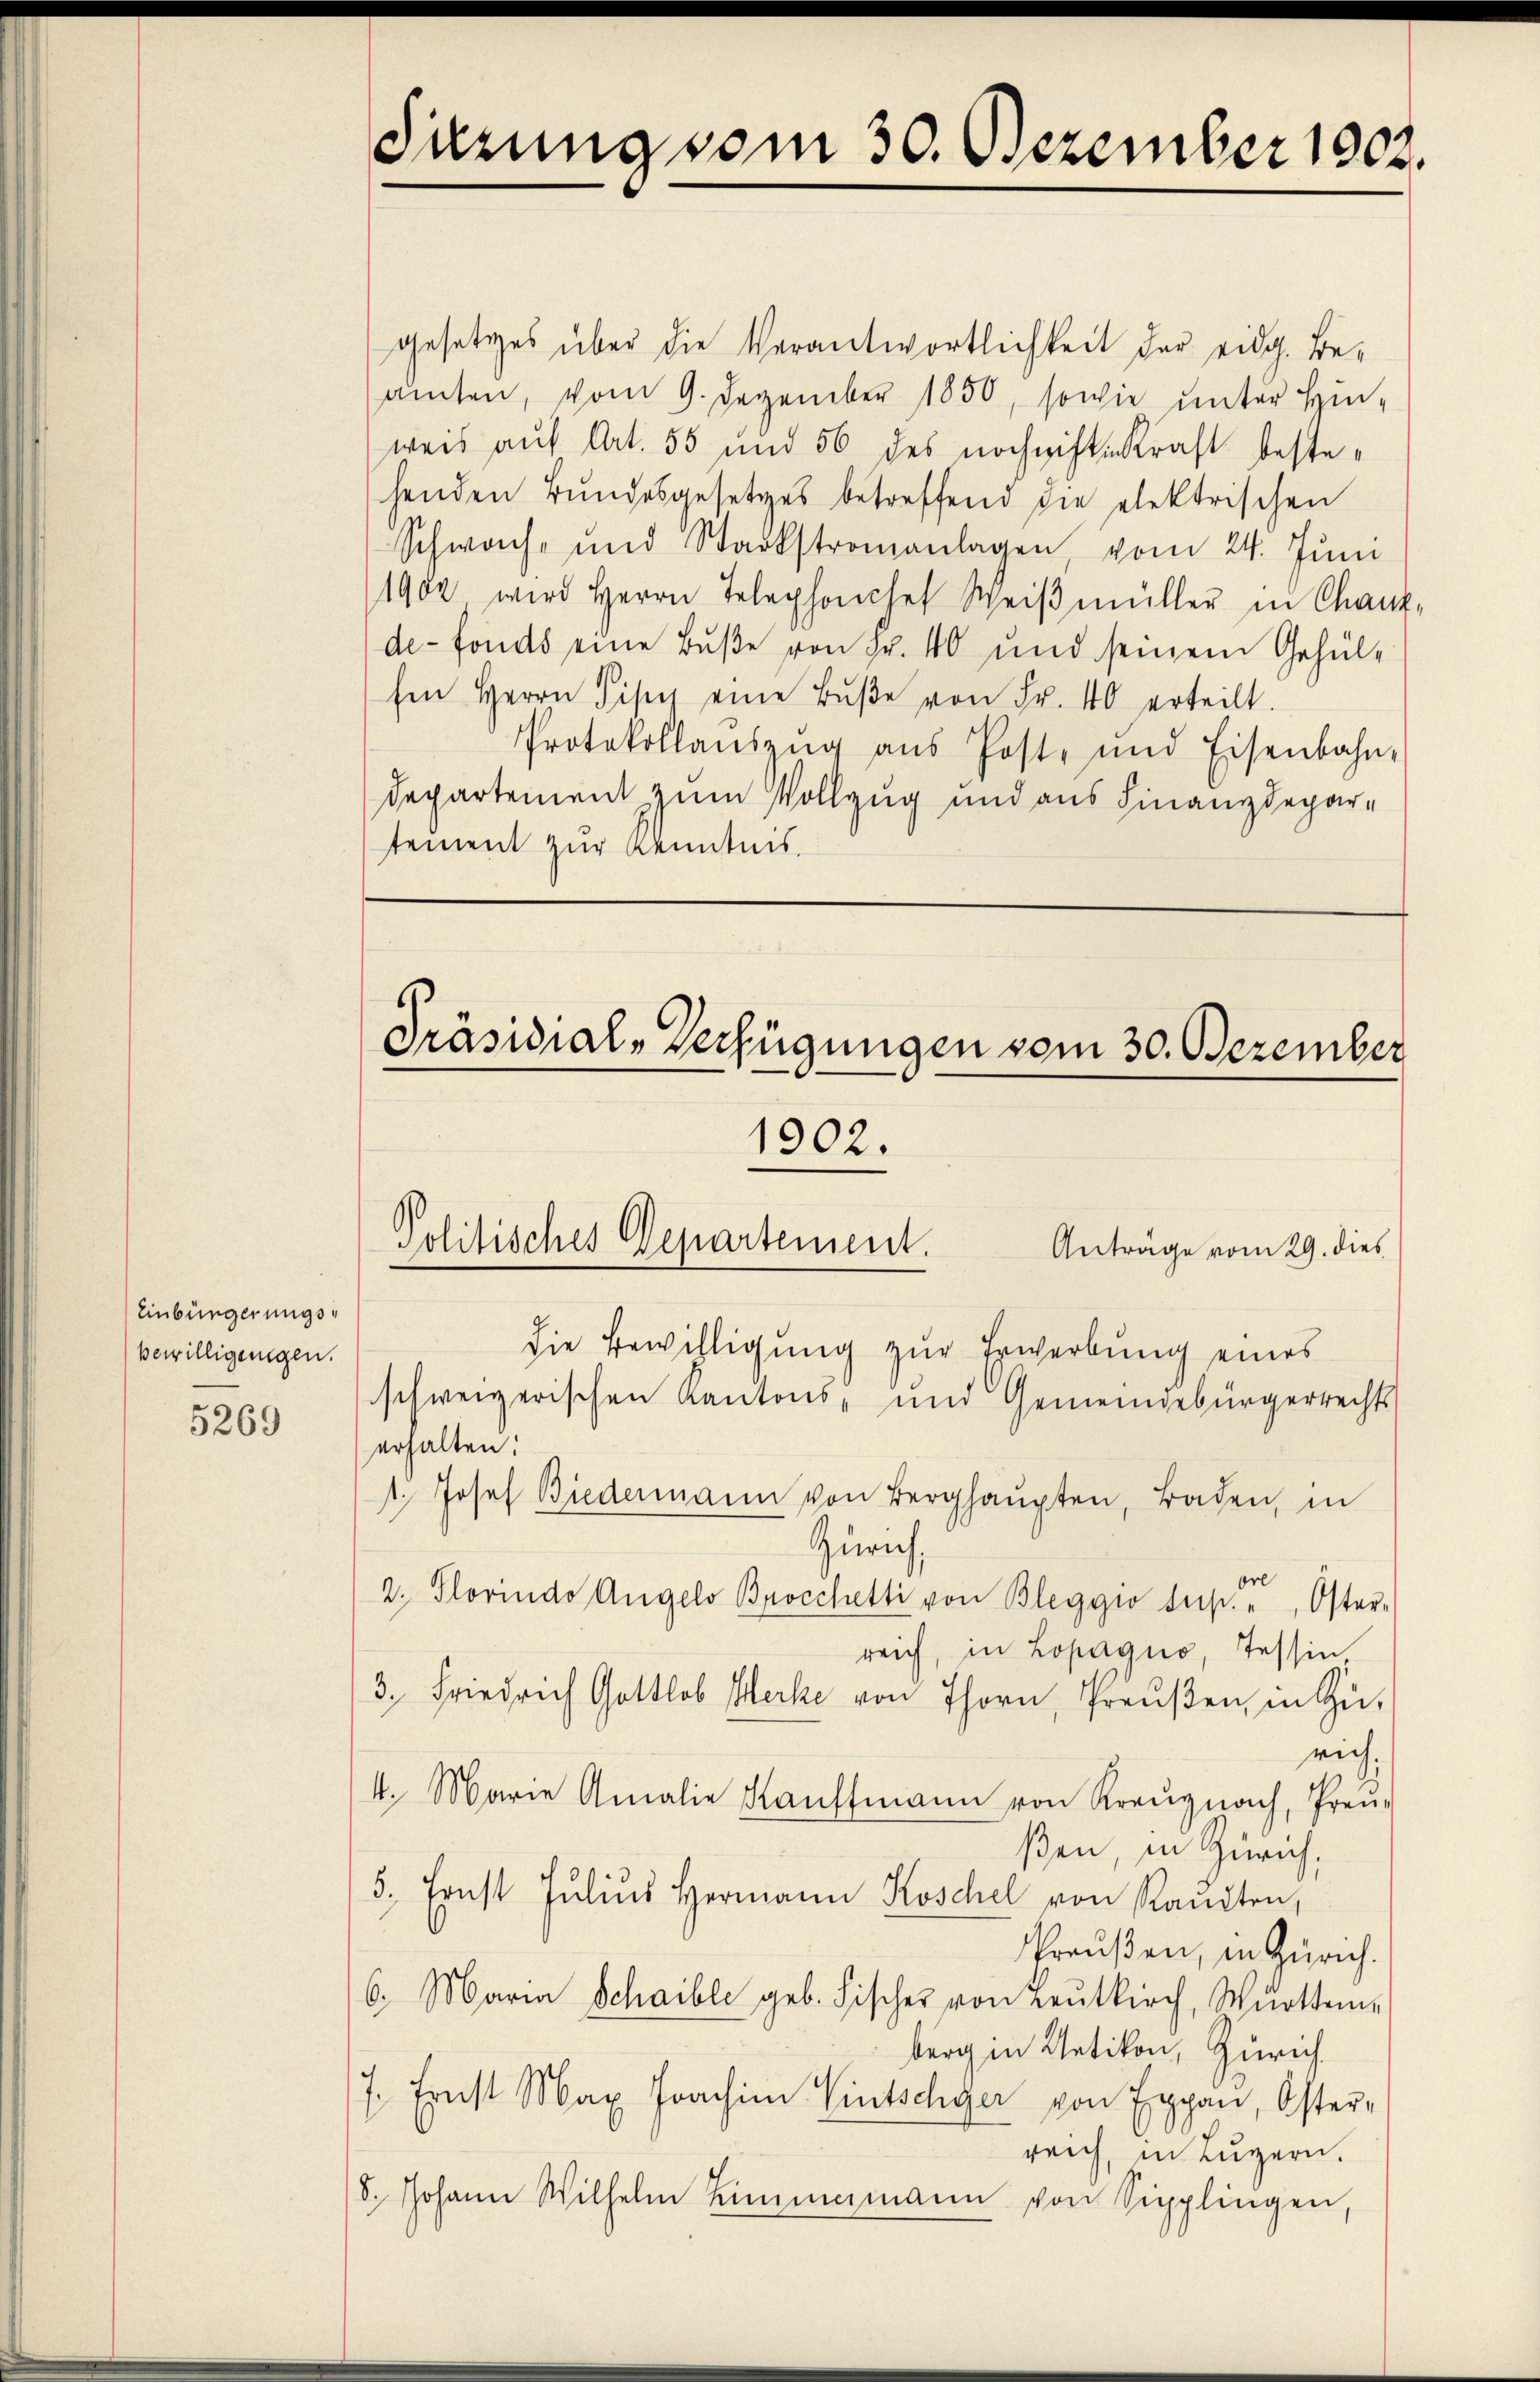
Einbürgerungsbewilligungen.

5269

Sitzung vom 30. Dezember 1803.

gesetzes über die Verantwortlichkeit der eidg. Beamten, vom 9. Dezember 1850, sowie unter Hinweis auf Art. 55 und 56 des nochwichtigkraft bestehenden Bundesgesetzes betreffend die elektrischen
Schwach- und Stadtstromanlagen, vom 24. Jŭni
1902 wird Herrn Telephonchef Weiβmüller in Chaux-
de-fonds eine Bŭβe von Fr. 40 und seinem Gehül¬
Ein Herrn Pisch eine Bŭβe von Fr. 40 erteilt.
Protokollaŭszŭg aŭs Post- und Eisenbahn-
Departement zum Vollzug und aus Finanzdepartement zur Kenntnis.

Präsidial-Verfügungen vom 30. Dezember
1902.
Politisches Departement.
Anträge vom 29. dies

die Bewilligung zur Erwerbung eines
schweizerischen Kantons- und Gemeindebürgerrechts
erhalten:
1. Josef Biedermann von Berghaŭpten, Baden, in
Zürich,
2. Plovindo Angelo Brocchetti von Bleggio dus. " Oster-
reich, in Lopaguo, Tessin
3. Friedrich Gottlob Merke von Thorn, Preußen, in Zu-
rich.
4. Marie Amalie Kauffmann von Kreŭznach, Preu-
ßen, in Zürich,
5., Ernst Julius Hermann Koschel von Randten,
Preußen, in Zürich.
6. Maria Schaible geb. Fischer von Leŭtkirch, Württem-
berg in Uetikon, Zürich
7. Ernst Max Joachim Wintschger von Eppan, Oster-
reich, in Luzern.
8. Johann Wilhelm Limmamann von Sipplingen,